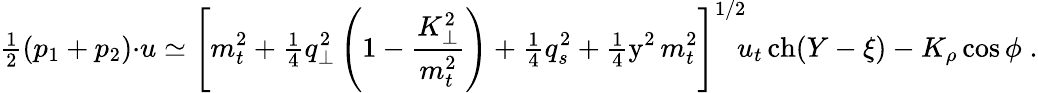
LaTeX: {\textstyle\frac{1}{2}}(p_{1}+p_{2}){\cdot}u\simeq\left[m_{t}^{2}+{\textstyle\frac{1}{4}}q_{\perp}^{2}\left(1-\frac{K_{\perp}^{2}}{m_{t}^{2}}\right)+{\textstyle\frac{1}{4}}q_{s}^{2}+{\textstyle\frac{1}{4}}\mathrm{y}^{2}\, m_{t}^{2}\right]^{1/2}\! \! u_{t}\, \mathrm{ch}(Y-\xi)-K_{\rho}\cos\phi\; .